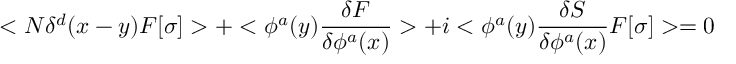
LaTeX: < N \delta ^ { d } ( x - y ) F [ \sigma ] > + < \phi ^ { a } ( y ) { \frac { \delta F } { \delta \phi ^ { a } ( x ) } } > + i < \phi ^ { a } ( y ) { \frac { \delta S } { \delta \phi ^ { a } ( x ) } } F [ \sigma ] > = 0